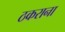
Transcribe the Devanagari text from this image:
ठकराना